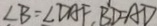
\angle B = \angle D A F , B D = A D